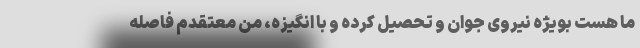
ما هست بویژه نیروی جوان و تحصیل کرده و با انگیزه، من معتقدم فاصله